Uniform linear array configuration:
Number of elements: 64
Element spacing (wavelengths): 0.75
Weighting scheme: kaiser
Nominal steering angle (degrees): -30
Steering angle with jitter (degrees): -30.089
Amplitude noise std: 0.05
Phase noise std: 0.05

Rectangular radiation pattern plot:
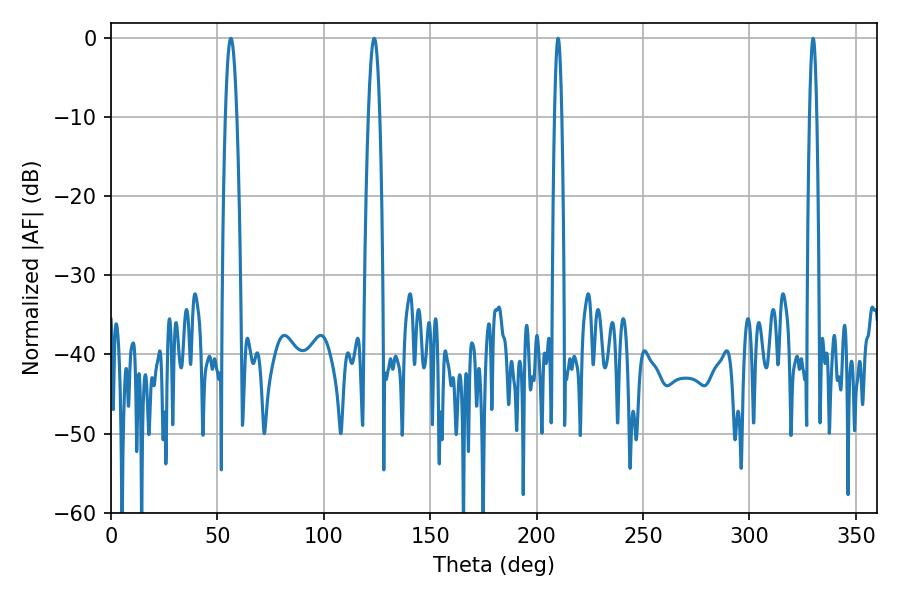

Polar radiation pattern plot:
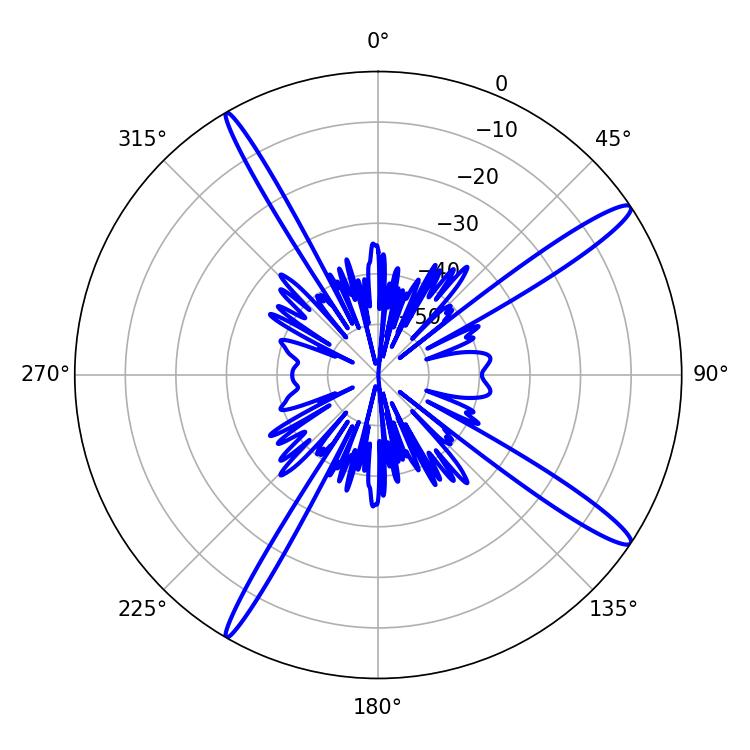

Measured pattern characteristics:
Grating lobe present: TRUE
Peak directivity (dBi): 15.4
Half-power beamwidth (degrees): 2.88
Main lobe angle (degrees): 123.66